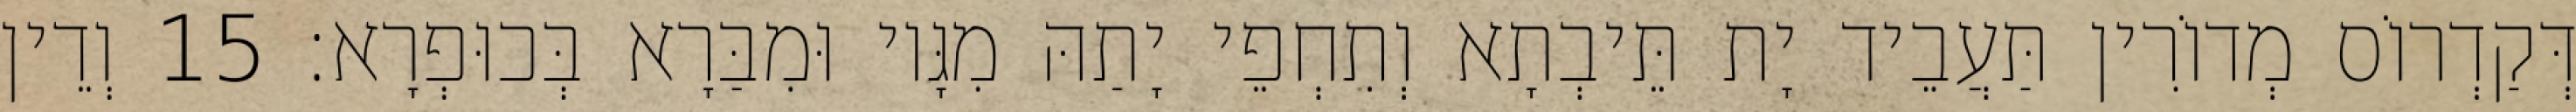
דְּקַדְרוֹס מְדוֹרִין תַּעֲבֵיד יָת תֵּיבְתָא וְתִחְפֵי יָתַהּ מִגָּיו וּמִבַּרָא בְּכוּפְרָא׃ 15 וְדֵין